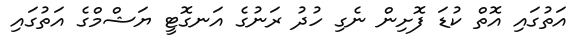
އަތުގައި އޮތް ކުޑަ ފޮށިން ނެގި ހުދު ރަނުގެ އަނގޮޓީ ޔަޝްމްގެ އަތުގައި